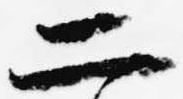
二